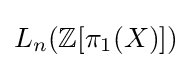
L_{n}(\mathbb {Z} [\pi _{1}(X)])